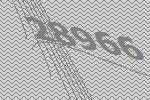
28966